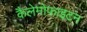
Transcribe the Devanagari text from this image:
कैलेमोफाइटन